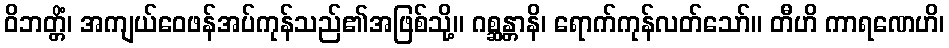
ဝိဘတ္တိံ၊ အကျယ်ဝေဖန်အပ်ကုန်သည်၏အဖြစ်သို့။ ဂစ္ဆန္တာနိ၊ ရောက်ကုန်လတ်သော်။ တီဟိ ကာရဏေဟိ၊